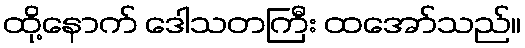
ထို့နောက် ဒေါသတကြီး ထအော်သည်။